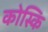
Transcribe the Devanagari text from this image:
कोस्कि